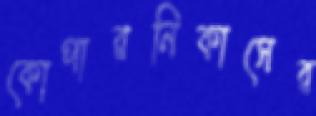
কোপারনিকাসের